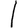
Digit: 1